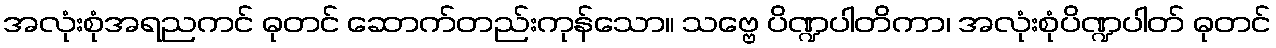
အလုံးစုံအရညကင် ဓုတင် ဆောက်တည်းကုန်သော။ သဗ္ဗေ ပိဏ္ဍပါတိကာ၊ အလုံးစုံပိဏ္ဍပါတ် ဓုတင်